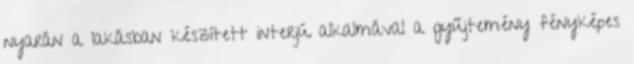
nyarán a lakásban készített interjú alkalmával a gyűjtemény fényképes